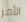
الأمر